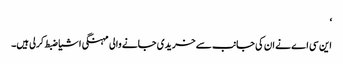
‘
این سی اے نے ان کی جانب سے خریدی جانے والی مہنگی اشیا ضبط کرلی ہیں۔